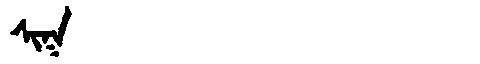
Manchu: ᠰᡳᡴ
Romanization: SIK